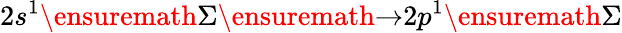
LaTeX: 2s^{1}\ensuremath{\Sigma}\ensuremath{\rightarrow}2p^{1}\ensuremath{\Sigma}